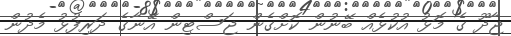
ޖާދޫ ގެ މޮޅު އުކުޅެއް ބޭނުން ކޮށްގެން ޖަސްޓިން އޭނާގެ ދަރިފުޅު މެދުން